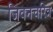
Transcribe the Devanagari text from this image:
जिवनचरित्र